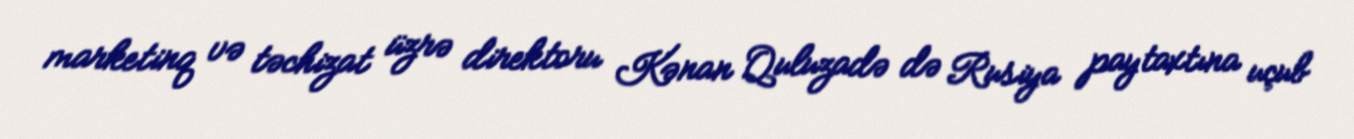
marketinq və təchizat üzrə direktoru Kənan Quluzadə də Rusiya paytaxtına uçub